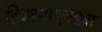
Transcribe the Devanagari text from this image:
हिश्श्याएवढ्या